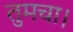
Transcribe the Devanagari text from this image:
तुमचा।